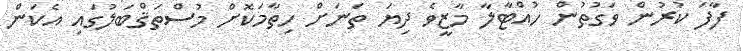
ފާފަ ކުރުން ވަގުތުން ހުއްޓާލާ މާޒީވެ ދިޔަ ތަނަށް ހިތާމަކޮށް މުސްތަޤްބަލުގައި އެކަން